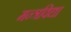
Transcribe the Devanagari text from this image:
मन्त्रविद्या